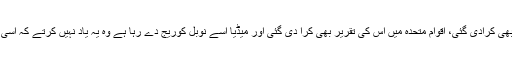
اس کیلئے ملالہ کی مثال کیوں بنائی جارہی ہے اس کی ملاقات امریکی صدر اور برطانوی ملکہ سے بھی کرادی گئی، اقوام متحدہ میں اس کی تقریر بھی کرا دی گئی اور میڈیا اسے نوبل کوریج دے رہا ہے وہ یہ یاد نہیں کرتے کہ اسی پاکستان کے ایک اسکول جامعہ حفصہ میں طالب علموں کے جسموں کو فاسفورس سے جلا دیا گیا تھا۔